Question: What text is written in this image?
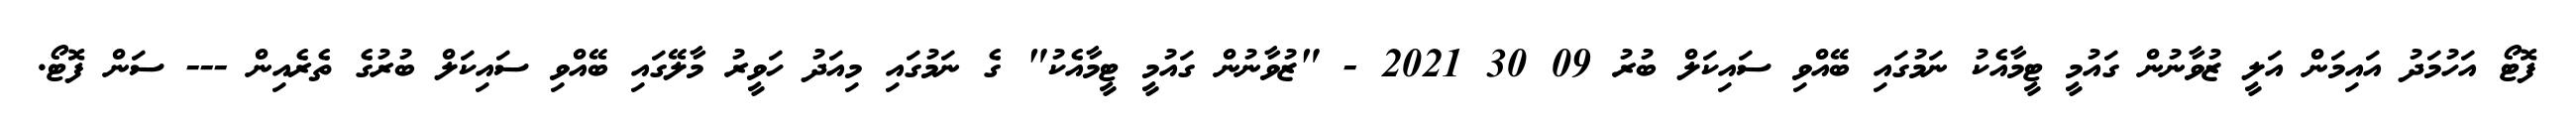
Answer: ފޮޓޯ އަހުމަދު އައިމަން އަލީ ޒުވާނުން ގައުމީ ޓީމާއެކު ނަމުގައި ބޭއްވި ސައިކަލް ބުރު 09 30 2021 - "ޒުވާނުން ގައުމީ ޓީމާއެކު" ގެ ނަމުގައި މިއަދު ހަވީރު މާލޭގައި ބޭއްވި ސައިކަލް ބުރުގެ ތެރެއިން --- ސަން ފޮޓޯ.